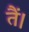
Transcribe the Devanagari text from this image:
तैं।